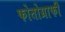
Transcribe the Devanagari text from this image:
फोतोग्राफी